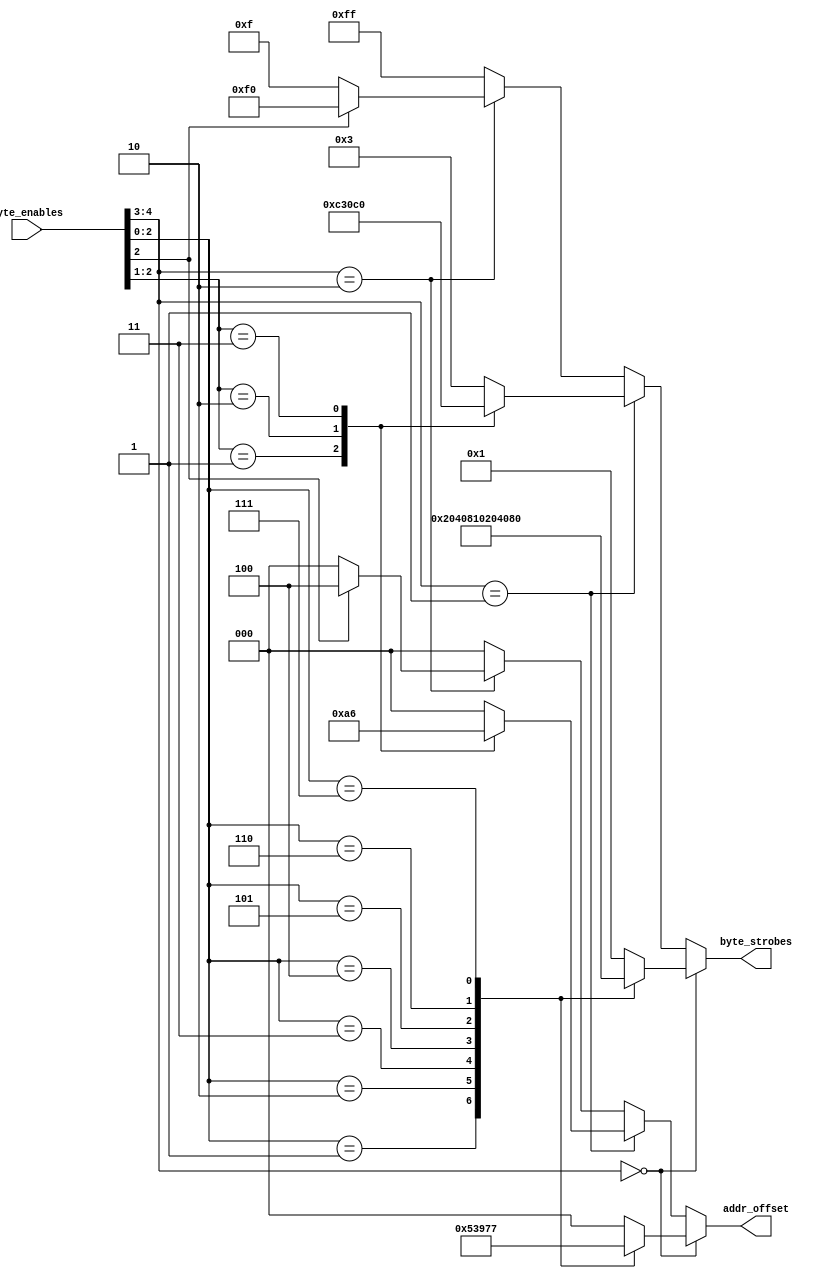
/* MIC ByteEnable to byte strobes decoder
 *
 * ME 27/5/20
 *
 * Copyright 2020 Matt Evans
 * SPDX-License-Identifier: Apache-2.0 WITH SHL-2.1
 *
 * Licensed under the Solderpad Hardware License v 2.1 (the License); you may
 * not use this file except in compliance with the License, or, at your option,
 * the Apache License version 2.0. You may obtain a copy of the License at
 *
 *  https://solderpad.org/licenses/SHL-2.1/
 *
 * Unless required by applicable law or agreed to in writing, any work
 * distributed under the License is distributed on an AS IS BASIS, WITHOUT
 * WARRANTIES OR CONDITIONS OF ANY KIND, either express or implied. See the
 * License for the specific language governing permissions and limitations
 * under the License.
 */

module mic_ben_dec(input wire [4:0]  byte_enables,
		   output wire [7:0] byte_strobes,
		   output wire [2:0] addr_offset
		   );

   reg [7:0] 			     bs; // Wire
   reg [2:0] 			     addr; // Wire

   always @(*) begin
      if (byte_enables[4:3] == 2'b00) begin // 8
	 case (byte_enables[2:0])
	   3'b001:  begin  addr = 3'h1;  bs = 8'b00000010; end
	   3'b010:  begin  addr = 3'h2;  bs = 8'b00000100; end
	   3'b011:  begin  addr = 3'h3;  bs = 8'b00001000; end
	   3'b100:  begin  addr = 3'h4;  bs = 8'b00010000; end
	   3'b101:  begin  addr = 3'h5;  bs = 8'b00100000; end
	   3'b110:  begin  addr = 3'h6;  bs = 8'b01000000; end
	   3'b111:  begin  addr = 3'h7;  bs = 8'b10000000; end
	   default: begin  addr = 3'h0;  bs = 8'b00000001; end
	 endcase

      end else if (byte_enables[4:3] == 2'b01) begin // 16
	 case (byte_enables[2:1])
	   2'b01:   begin  addr = 3'h2;  bs = 8'b00001100; end
	   2'b10:   begin  addr = 3'h4;  bs = 8'b00110000; end
	   2'b11:   begin  addr = 3'h6;  bs = 8'b11000000; end
	   default: begin  addr = 3'h0;  bs = 8'b00000011; end
	 endcase

      end else if (byte_enables[4:3] == 2'b10) begin // 32
	 case (byte_enables[2])
	   1'b1:    begin  addr = 3'h4;  bs = 8'b11110000; end
	   default: begin  addr = 3'h0;  bs = 8'b00001111; end
	 endcase

      end else begin // 64
	 addr = 3'h0;
	 bs = 8'hff;
      end
   end

   /* Assign outputs */
   assign byte_strobes = bs;
   assign addr_offset = addr;

endmodule // mic_ben_dec